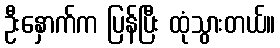
ဦးနှောက်က ပြန်ပြီး ထုံသွားတယ်။